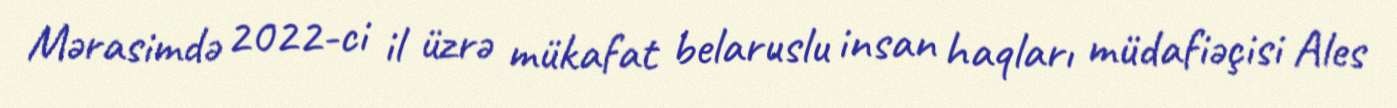
Mərasimdə 2022-ci il üzrə mükafat belaruslu insan haqları müdafiəçisi Ales